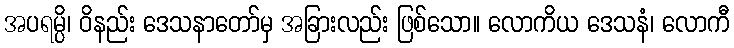
အပရမ္ပိ၊ ဝိနည်း ဒေသနာတော်မှ အခြားလည်း ဖြစ်သော။ လောကိယ ဒေသနံ၊ လောကီ